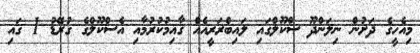
މިއެހީގެ ދަށުން ނިލަންދޫ ސްކޫލްގައި ލައިބްރަރީއެއް ޤާއިމުކުރުމާއި އެސްކޫލްގެ ގުރޭޑު 1 ގައި